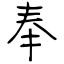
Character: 奉